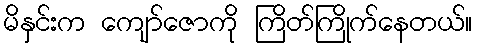
မိနှင်းက ကျော်ဇောကို ကြိတ်ကြိုက်နေတယ်။